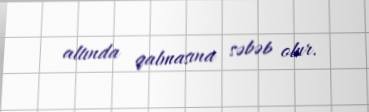
altında qalmasına səbəb olur.